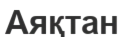
Аяқтан